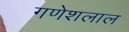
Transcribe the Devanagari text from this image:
गणेशलाल